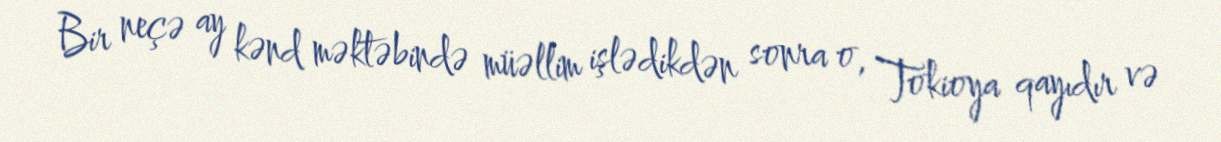
Bir neçə ay kənd məktəbində müəllim işlədikdən sonra o, Tokioya qayıdır və